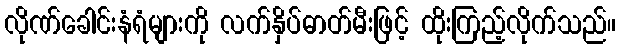
လိုဏ်ခေါင်းနံရံများကို လက်နှိပ်ဓာတ်မီးဖြင့် ထိုးကြည့်လိုက်သည်။